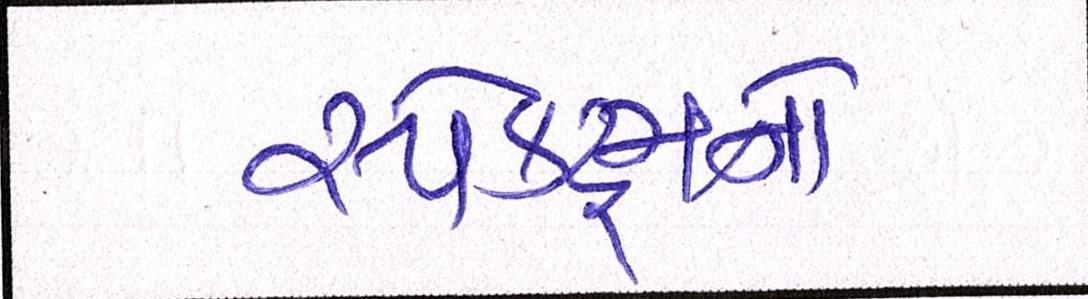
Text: સ્પેક્ટ્રમનો